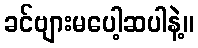
ခင်ဗျားမပေါ့ဆပါနဲ့။